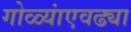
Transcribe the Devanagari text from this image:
गोळ्यांएवढ्या